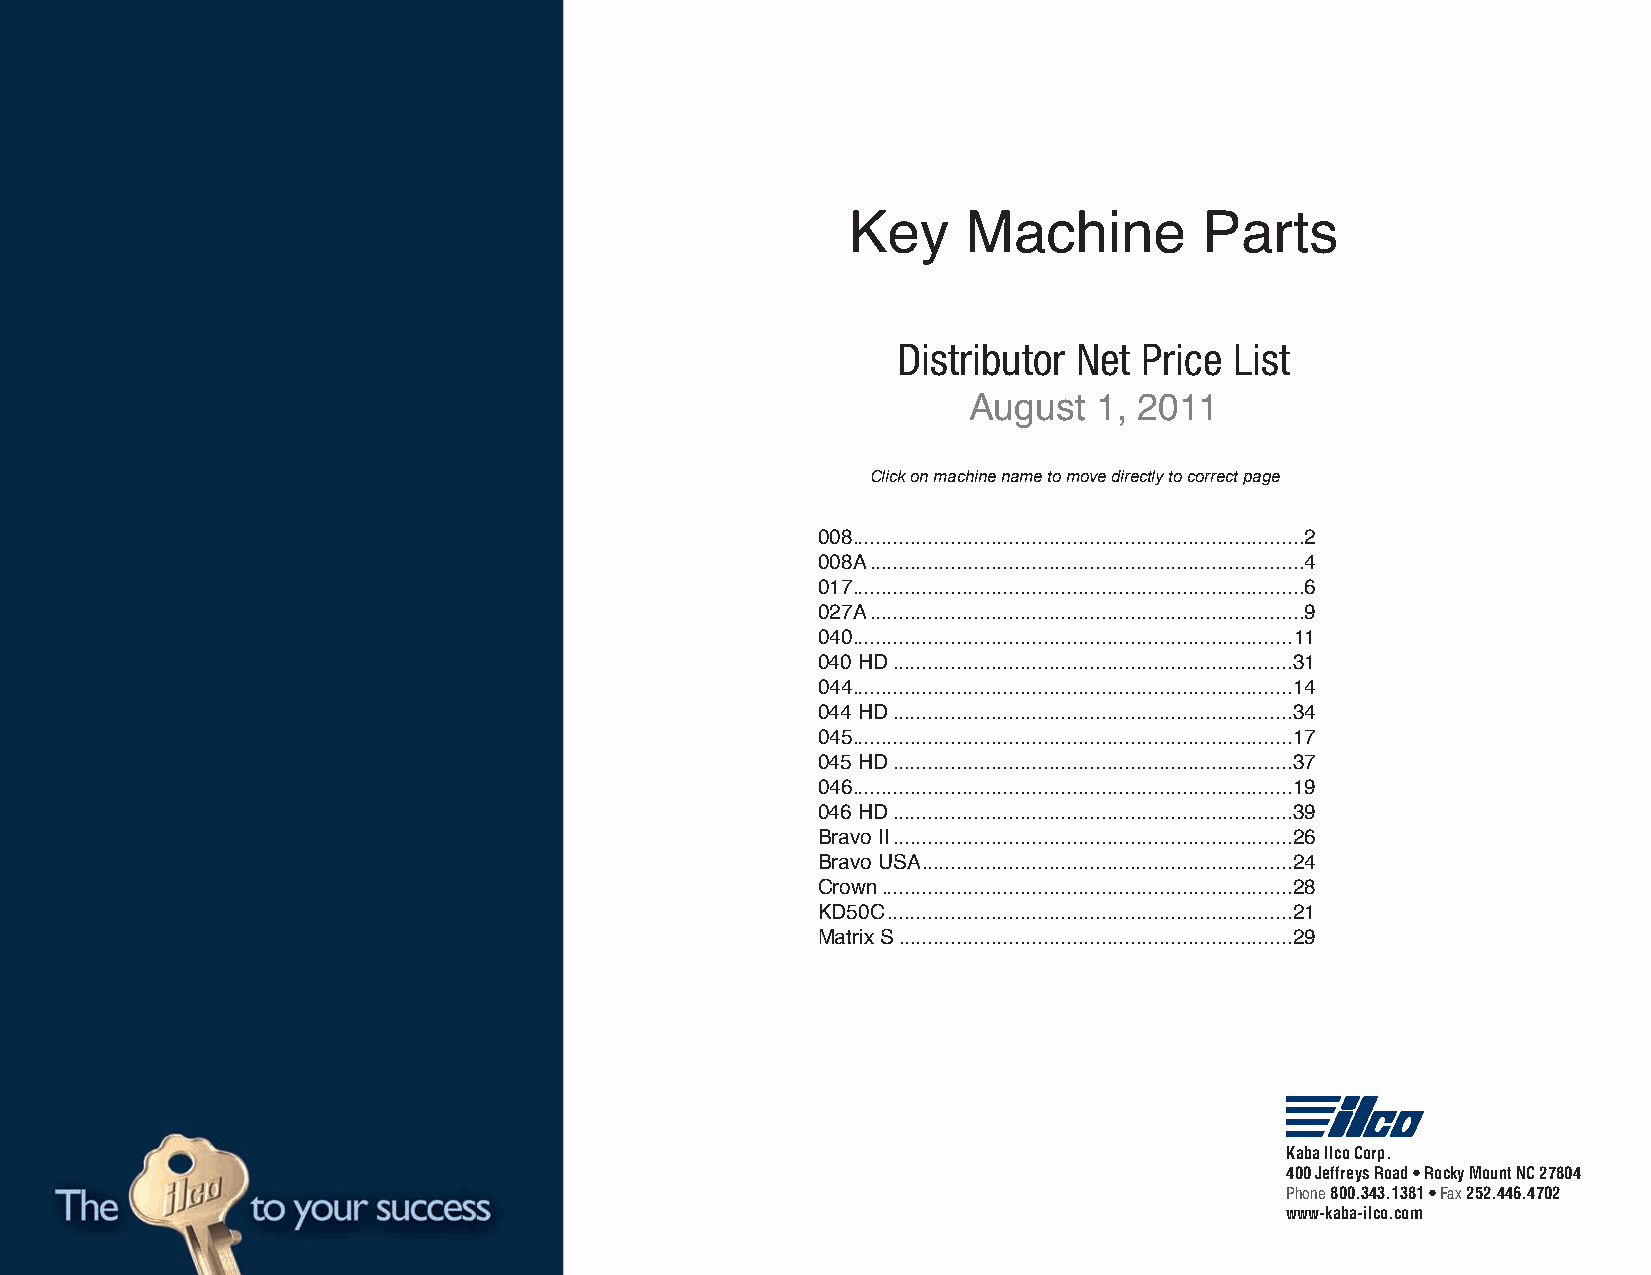
Key     Machine         Parts
 Distributor Net  Price List
 August   1, 2011
 Click on machine name to move directly to correct page
 008..............................................................................2
 008A ...........................................................................4
 017..............................................................................6
 027A ...........................................................................9
 040............................................................................11
 040 HD .....................................................................31
 044............................................................................14
 044 HD .....................................................................34
 045............................................................................17
 045 HD .....................................................................37
 046............................................................................19
 046 HD .....................................................................39
 Bravo II .....................................................................26
 Bravo USA ................................................................24
 Crown .......................................................................28
 KD50C ......................................................................21
 Matrix S ....................................................................29
 AK Maebmab Ielrc oof t hCeo Krapb.a Group
 400 Jeffreys Road • Rocky Mount NC 27804
 Phone 800.343.1381 • Fax 252.446.4702
 www-kaba-ilco.com